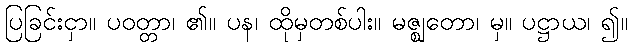
ပြခြင်းငှာ။ ပဝတ္တာ၊ ၏။ ပန၊ ထိုမှတစ်ပါး။ မဇ္ဈတော၊ မှ။ ပဋ္ဌာယ၊ ၍။